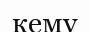
кему